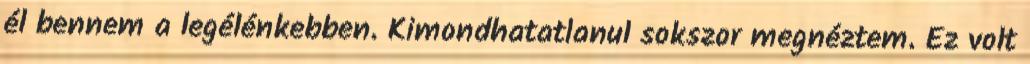
él bennem a legélénkebben. Kimondhatatlanul sokszor megnéztem. Ez volt